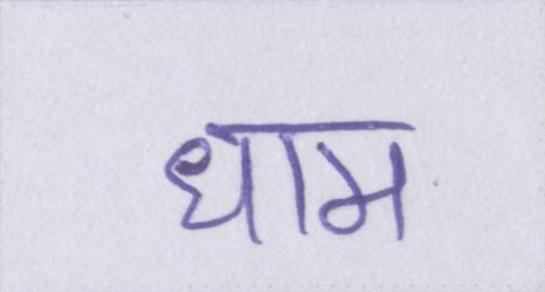
धाम